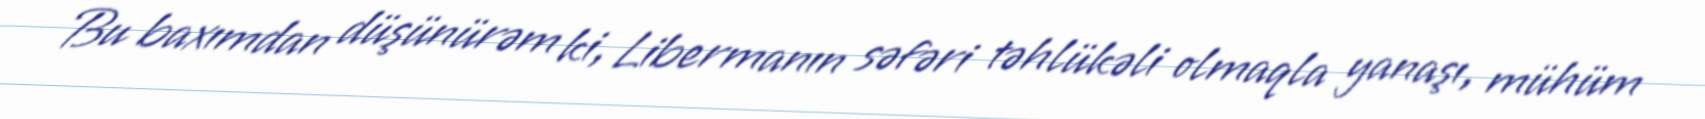
Bu baxımdan düşünürəm ki, Libermanın səfəri təhlükəli olmaqla yanaşı, mühüm